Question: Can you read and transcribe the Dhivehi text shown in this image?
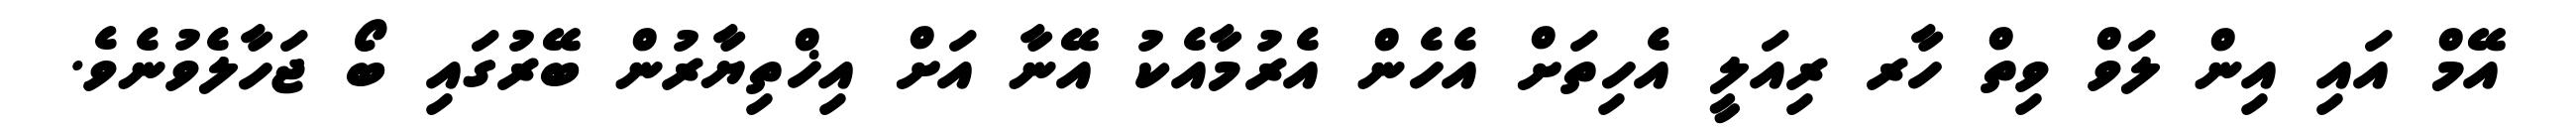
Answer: އޭމް އައި އިން ލަވް ވިތް ހާރ ރިއަލީ އެހިތަށް އެހެން އެރުމާއެކު އޭނާ އަށް އިޚްތިޔާރުން ބޭރުގައި ބޯ ޖަހާލެވުނެވެ.